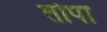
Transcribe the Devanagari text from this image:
तोपा